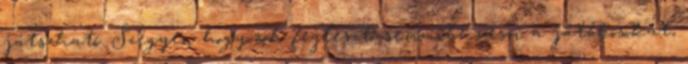
játszható. Szégyen hogy sok fejlesztő semmibe veszi a játékosokat,